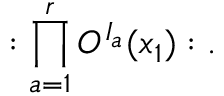
: \prod _ { a = 1 } ^ { r } O ^ { I _ { a } } ( x _ { 1 } ) : .